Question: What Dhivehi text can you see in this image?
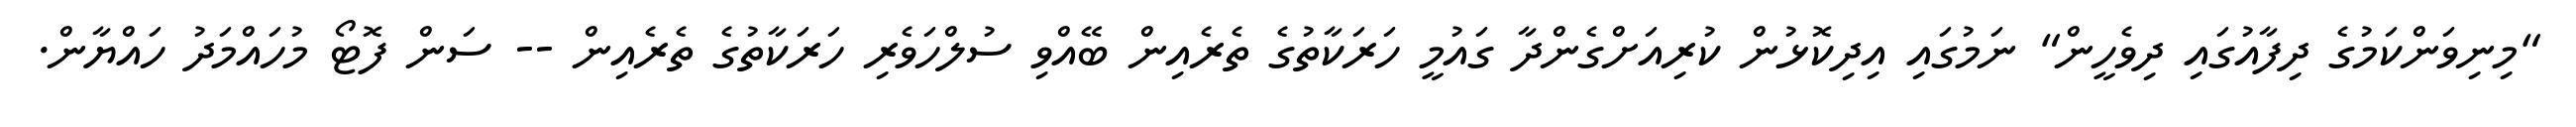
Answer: "މިނިވަންކަމުގެ ދިފާއުގައި ދިވެހީން" ނަމުގައި އިދިކޮޅުން ކުރިއަށްގެންދާ ގައުމީ ހަރަކާތުގެ ތެރެއިން ބޭއްވި ސުލްހަވެރި ހަރަކާތުގެ ތެރެއިން -- ސަން ފޮޓޯ މުހައްމަދު ހައްޔާން.